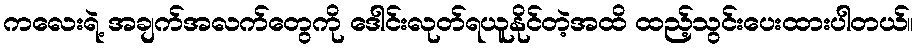
ကလေးရဲ့ အချက်အလက်တွေကို ဒေါင်းလုတ်ရယူနိုင်တဲ့အထိ ထည့်သွင်းပေးထားပါတယ်။